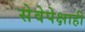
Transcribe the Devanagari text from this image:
सेवेपेक्षाही